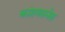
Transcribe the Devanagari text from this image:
कांशयसनेस